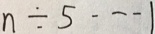
n \div 5 \cdots 1